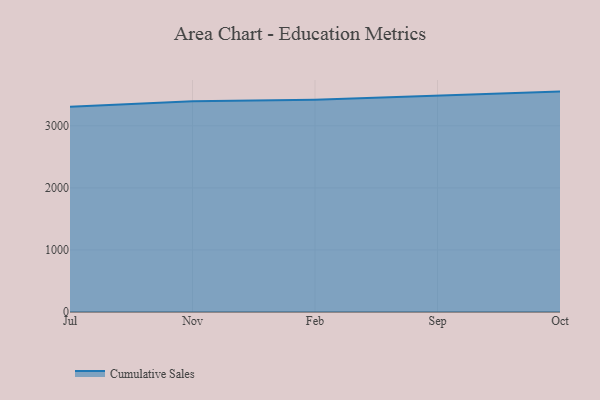
{"axis": {"x": "Month", "y": "Humidity (%)"}, "legend": ["Cumulative Sales"], "data": [{"x": "Jul", "y": 3307.5, "type": "Cumulative Sales"}, {"x": "Nov", "y": 3396.9, "type": "Cumulative Sales"}, {"x": "Feb", "y": 3420.9, "type": "Cumulative Sales"}, {"x": "Sep", "y": 3488.4, "type": "Cumulative Sales"}, {"x": "Oct", "y": 3550.8, "type": "Cumulative Sales"}]}